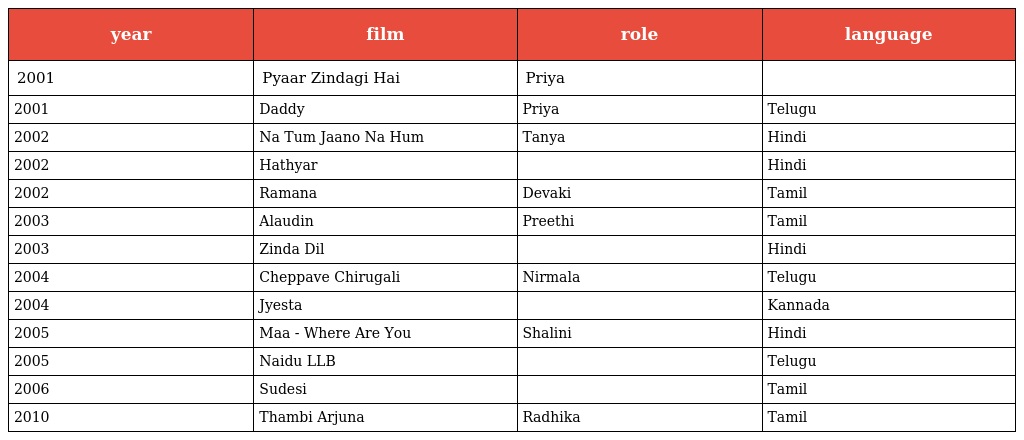
| year | film | role | language |
 | --- | --- | --- | --- |
 | 2001 | Pyaar Zindagi Hai | Priya |  |
 | 2001 | Daddy | Priya | Telugu |
 | 2002 | Na Tum Jaano Na Hum | Tanya | Hindi |
 | 2002 | Hathyar |  | Hindi |
 | 2002 | Ramana | Devaki | Tamil |
 | 2003 | Alaudin | Preethi | Tamil |
 | 2003 | Zinda Dil |  | Hindi |
 | 2004 | Cheppave Chirugali | Nirmala | Telugu |
 | 2004 | Jyesta |  | Kannada |
 | 2005 | Maa - Where Are You | Shalini | Hindi |
 | 2005 | Naidu LLB |  | Telugu |
 | 2006 | Sudesi |  | Tamil |
 | 2010 | Thambi Arjuna | Radhika | Tamil |